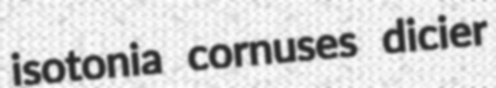
isotonia cornuses dicier